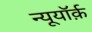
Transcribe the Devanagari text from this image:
न्यूयॉर्क़